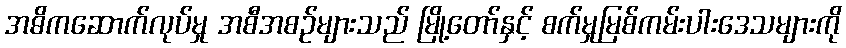
အဓိကဆောက်လုပ်မှု အစီအစဉ်များသည် မြို့တော်နှင့် စက်မှုမြစ်ကမ်းပါးဒေသများကို